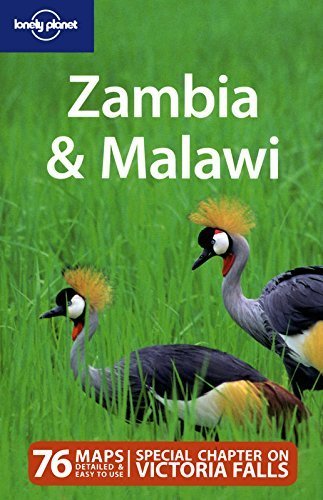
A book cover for Lonely Planet Zambia & Malawi (Multi Country Travel Guide) by Alan Murphy, Nana Luckham (2010) Paperback; Nana Luckham Alan Murphy; Travel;